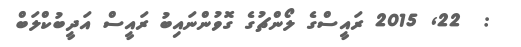
:  22